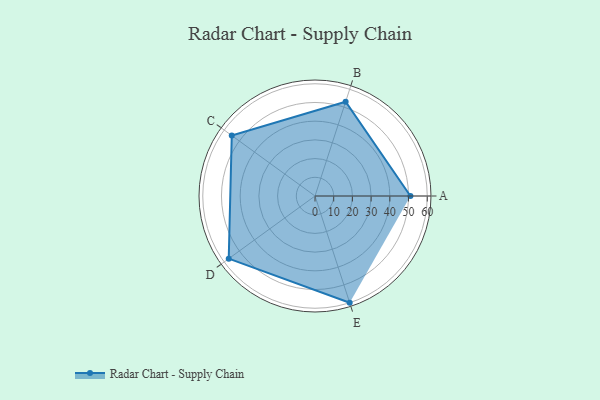
{"axis": {"x": "Skill", "y": "Score"}, "legend": ["Profile"], "data": [{"x": "A", "y": 51.0, "type": "Profile"}, {"x": "B", "y": 53.0, "type": "Profile"}, {"x": "C", "y": 55.0, "type": "Profile"}, {"x": "D", "y": 57.0, "type": "Profile"}, {"x": "E", "y": 60.0, "type": "Profile"}]}